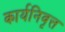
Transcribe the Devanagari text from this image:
कार्यनिवृत्त